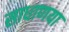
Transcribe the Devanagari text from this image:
साधाणया